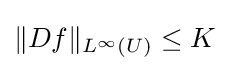
\|Df\|_{L^{\infty }(U)}\leq K